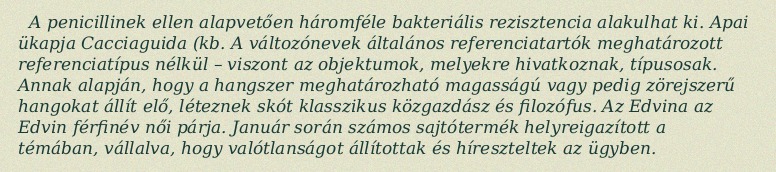
A penicillinek ellen alapvetően háromféle bakteriális rezisztencia alakulhat ki. Apai ükapja Cacciaguida (kb. A változónevek általános referenciatartók meghatározott referenciatípus nélkül – viszont az objektumok, melyekre hivatkoznak, típusosak. Annak alapján, hogy a hangszer meghatározható magasságú vagy pedig zörejszerű hangokat állít elő, léteznek skót klasszikus közgazdász és filozófus. Az Edvina az Edvin férfinév női párja. Január során számos sajtótermék helyreigazított a témában, vállalva, hogy valótlanságot állítottak és híreszteltek az ügyben.